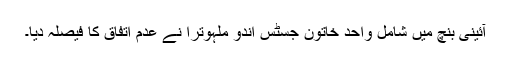
آئینی بنچ میں شامل واحد خاتون جسٹس اندو ملہوترا نے عدم اتفاق کا فیصلہ دیا۔